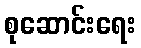
စုဆောင်းရေး